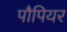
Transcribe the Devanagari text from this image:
पौपियर